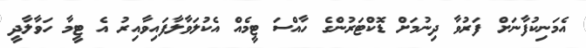
އެމަނިކުފާނަށް ފަރުވާ ދިނުމަށް ޑޮކްޓަރުންްގެ ހާއްސަ ޓީމެއް އެކުލަވާލާފައިވާއިރު އެ ޓީމާ ހަވާލާދީ